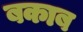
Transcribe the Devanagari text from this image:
बकाब